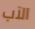
الآب